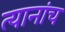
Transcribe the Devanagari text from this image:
त्यानांच